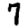
Digit: 7